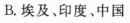
B.埃及、印度、中国